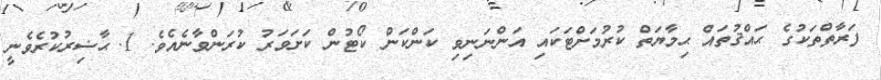
ފަރާތްތަކުގެ ޙައްޤުތައް ޙިމާޔަތް ކުރުމަށްޓަކައި އަންނަނިވި ކަންކަން ކޯޓުން ކަށަވަރު ކުރަންވާނެއެވެ. 1.	ޙާޟިރުކުރެވެނީ